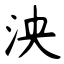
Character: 泱